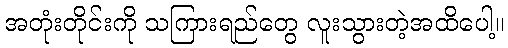
အတုံးတိုင်းကို သကြားရည်တွေ လူးသွားတဲ့အထိပေါ့။